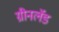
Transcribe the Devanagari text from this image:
ग्रीनलॅंड